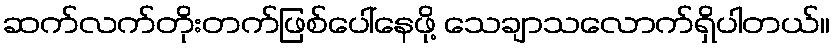
ဆက်လက်တိုးတက်ဖြစ်ပေါ်နေဖို့ သေချာသလောက်ရှိပါတယ်။